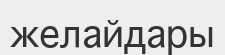
желайдары